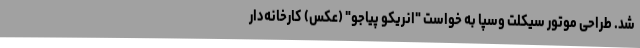
شد. طراحی موتور سیکلت وسپا به خواست "انریکو پیاجو" (عکس) کارخانه‌دار